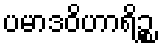
ပမာဒဝိဟာရိဉ္စ